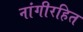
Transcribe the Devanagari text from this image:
नांगीरहित